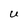
Character: U